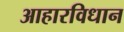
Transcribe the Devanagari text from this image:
आहारविधान